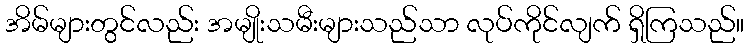
အိမ်များတွင်လည်း အမျိုးသမီးများသည်သာ လုပ်ကိုင်လျက် ရှိကြသည်။